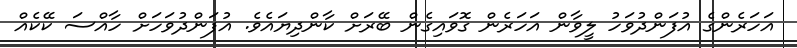
އަހަރެންގެ އުފަންދުވަހު ލީވާން އަހަރެން ގޮވައިގެން ބޭރަށް ކާންދިޔައެވެ. އުފަންދުވަހަށް ހާއްސަ ކޭކެއް